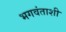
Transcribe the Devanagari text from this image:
भगवंताशी